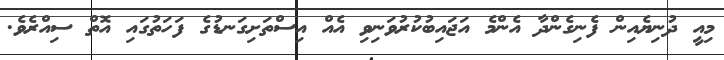
މިއީ ދުނިޔެއިން ފެނިގެންދާ އެންމެ އަޖައިބުކުރުވަނިވި އެއް އިސްތަށިގަނޑުގެ ފަހަތުގައި އޮތް ސިއްރެވެ.